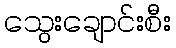
သွေးချောင်းစီး